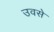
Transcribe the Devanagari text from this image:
उवसे